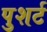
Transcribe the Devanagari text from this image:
पुशर्ट